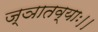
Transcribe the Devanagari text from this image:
ज्ञातव्याः।।